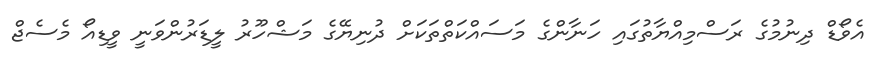
އެވޯޑް ދިނުމުގެ ރަސްމިއްޔާތުގައި ހަނާންގެ މަސައްކަތްތަކަށް ދުނިޔޭގެ މަޝްހޫރު ލީޑަރުންވަނީ ވީޑިއޯ މެސެޖް